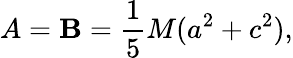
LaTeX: A=\mathbf{B}={\frac{{1}}{{5}}}M(a^{2}+c^{2}),